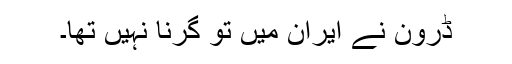
ڈرون نے ایران میں تو گرنا نہیں تھا۔